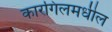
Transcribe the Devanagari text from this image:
कारगिलमधील